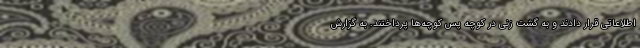
اطلاعاتی قرار دادند و به گشت زنی در کوچه پس کوچه‌ها پرداختند. به گزارش